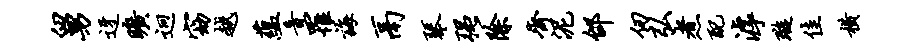
舅迓旷迥窈越蕴音罹诲鬲琴强除齐泥邰仞弘煮配滹璇佳横